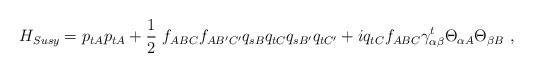
LaTeX: \begin{align*}H_{Susy} = p_{tA} p_{tA} + \frac{1}{2}\ f_{ABC} f_{AB'C'} q_{sB} q_{tC} q_{sB'} q_{tC'} + iq_{tC} f_{ABC} \gamma_{\alpha\beta}^t \Theta_{\alpha A} \Theta_{\beta B}\ ,\end{align*}